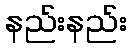
နည်းနည်း